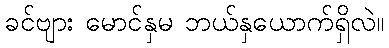
ခင်ဗျား မောင်နှမ ဘယ်နှယောက်ရှိလဲ။